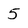
Character: 5